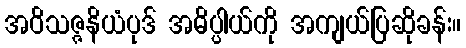
အဝိသဇ္ဇနိယံပုဒ် အဓိပ္ပါယ်ကို အကျယ်ပြဆိုခန်း။